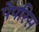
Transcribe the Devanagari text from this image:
पेपरिस